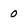
Character: 0